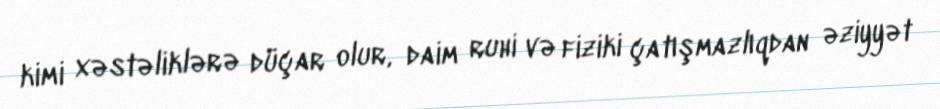
kimi xəstəliklərə düçar olur, daim ruhi və fiziki çatışmazlıqdan əziyyət